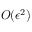
O ( \epsilon ^ { 2 } )